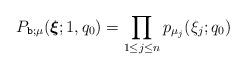
LaTeX: \begin{align*}P_{\texttt{b};\mu}(\boldsymbol{\xi}; 1, q_0) = \prod_{1\leq j\leq n} p_{\mu_j}(\xi_j;q_0) \end{align*}